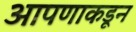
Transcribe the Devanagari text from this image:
आपणाकडून